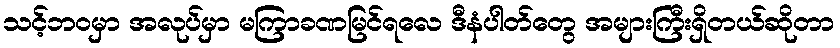
သင့်ဘဝမှာ အလုပ်မှာ မကြာခဏမြင်ရလေ ဒီနံပါတ်တွေ အများကြီးရှိတယ်ဆိုတာ